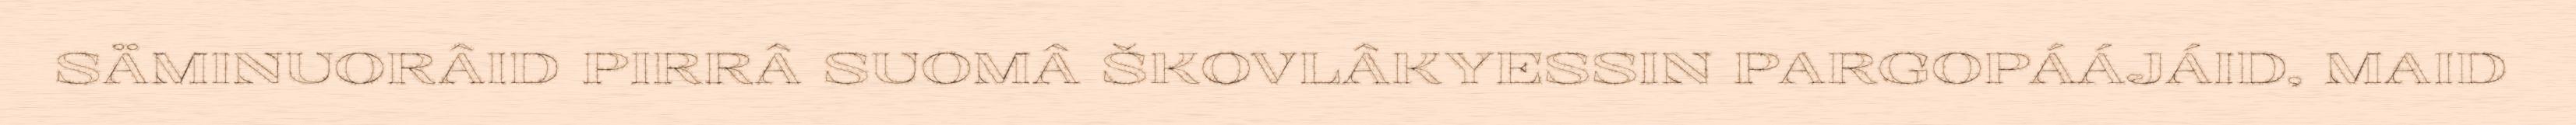
SÄMINUORÂID PIRRÂ SUOMÂ ŠKOVLÂKYESSIN PARGOPÁÁJÁID, MAID